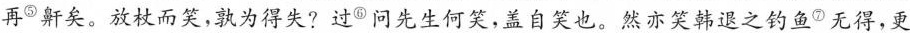
再^{⑤}鼾矣。放杖而笑，孰为得失?过^{⑥}问先生何笑，盖自笑也。然亦笑韩退之钓鱼^{⑦}无得，更